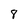
Character: 8